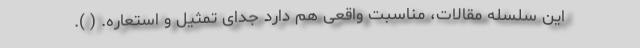
این سلسله مقالات، مناسبت واقعی هم دارد جدای تمثیل و استعاره. ( ).